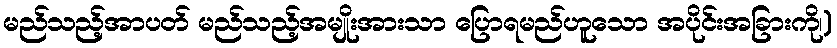
မည်သည့်အာပတ် မည်သည့်အမျိုးအားသာ ပြောရမည်ဟူသော အပိုင်းအခြားကို၊)